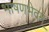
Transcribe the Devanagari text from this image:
भाषणभेदम्